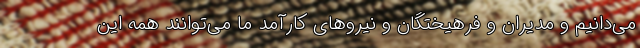
می‌دانیم و مدیران و فرهیختگان و نیروهای کارآمد ما می‌توانند همه این